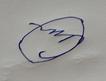
Signature authenticity: forged